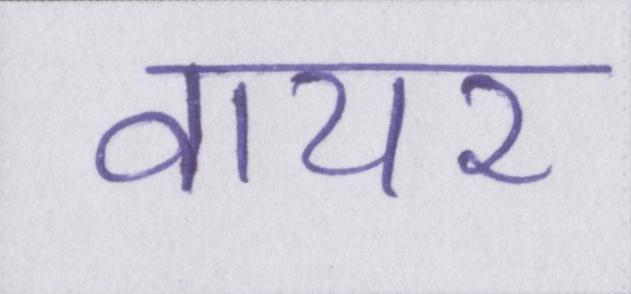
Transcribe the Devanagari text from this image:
वायर